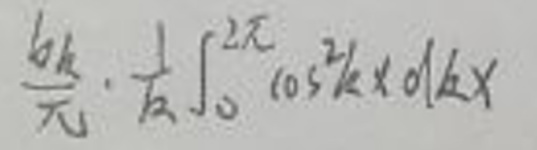
\frac{6k}{\pi}\cdot\frac{1}{k}\int_{0}^{2\pi}\cos^{2}kx\mathrm{d}kx